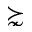
\succnsim